Report on sanitation, dispensaries, and jails in Rajputana for 1915, and on vaccination for the year 1915-1916 - 1915-1916
Year: 1915
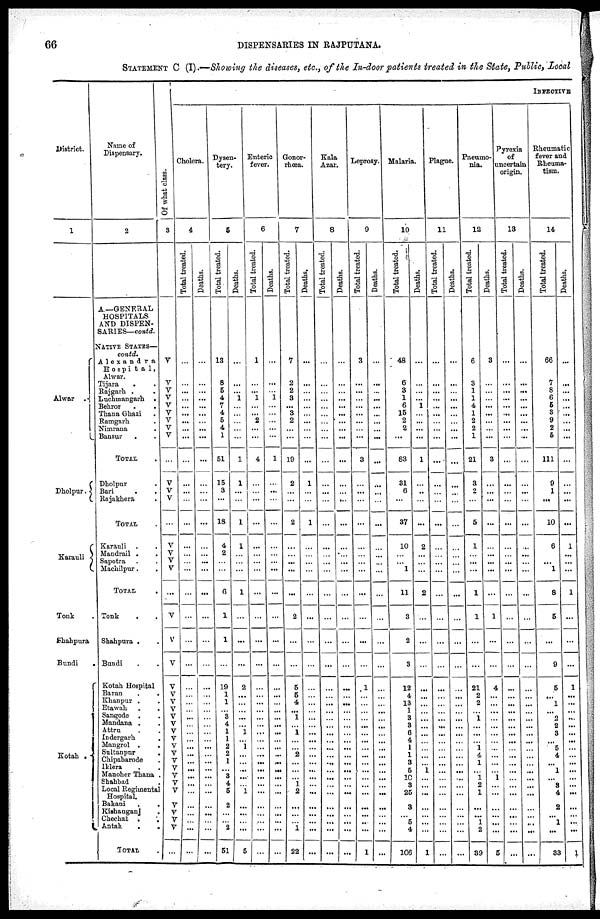
66
DISPENSARIES IN RAJPUTANA.
STATEMENT C (I).—Showing the diseases, etc., of the In-door patients treated in the State, Public, Local
District.
1
Alwar
.
Dholpur.
Karauli .
Tonk
Shahpura
Bundi.
Kotah .
Name of
Dispensary.
2
A—GENERAL
HOSPITALS
AND DISPEN-
SARIES—contd.
NATIVE STATES—
contd.
Alexandra
Hospita1,
Alwar.
Tijara . .
Rajgarh . .
Luchmangarh .
Behror . .
Thana Ghazi .
Ramgarh .
Nimrana .
Bansur .
TOTAL .
Dholpur .
Bari . .
Rajakhera
.
TOTAL .
Karauli . .
Mandrail .
.
Sapotra . .
Machilpur. .
TOTAL .
Tonk . .
Shahpura . .
Bundi . .
Kotah Hospital
Baran
.
.
Khanpur . .
Etawah . .
Sangode . .
Mandana . .
Attru . .
Indergarh .
Mangrol . .
Sultanpur
.
Chipabarode .
Iklera . .
Manoher Thana .
Shahbad .
Local Regimental
Hospital.
Bakani
.
.
Kishanganj.
Chechat .
Antab. .
TOTAL .
Of what class.
3
V
V
V
V
V
V
V
V
V
...
V
V
V
...
V
V
V
V
...
V
V
V
V
V
V
V
V
V
V
V
V
V
V
V
V
V
V
V
V
V
V
. . .
INFECTIVE
Cholera.
4
Total treated.
...
...
...
...
...
...
...
...
...
...
...
...
...
...
...
...
...
...
...
...
...
...
...
...
...
...
...
...
...
...
...
...
...
...
...
...
...
...
...
...
...
...
Deaths.
...
...
...
...
...
...
...
...
...
...
...
...
...
...
...
...
...
...
...
...
...
...
...
...
...
...
...
...
...
...
...
...
...
...
...
...
...
...
...
...
...
Dysen-
tery.
5
Total treated.
13
8
6
4
7
4
5
4
1
51
15
3
...
18
4
2
...
...
6
1
1
...
19
1
1
...
8
4
1
1
2
2
1
...
3
4
5
2
...
...
2
51
Deaths.
...
...
...
1
...
...
...
...
...
1
1
...
...
1
1
...
...
...
1
...
...
...
2
...
...
...
...
...
1
...
1
...
...
...
...
...
1
...
...
...
...
5
Enteric
fever.
6
Total treated.
1
...
...
1
...
...
2
...
...
4
...
...
...
...
...
...
...
...
...
...
...
...
...
...
...
...
...
...
...
...
...
...
...
...
...
...
...
...
...
...
...
...
Deaths.
...
...
...
1
...
...
...
...
...
1
...
...
...
...
...
...
...
...
...
...
...
...
...
...
...
...
...
...
...
...
...
...
...
...
...
...
...
...
...
...
...
...
Gonor-
rhœa.
7
Total treated.
7
2
2
8
...
3
2
...
...
19
2
...
...
2
...
...
...
...
...
2
...
...
5
5
4
...
1
...
1
...
...
2
...
...
...
1
2
...
...
...
1
22
Deaths.
...
...
...
...
...
...
...
...
...
...
1
...
...
1
...
...
...
...
...
...
...
...
...
...
...
...
...
...
...
...
...
...
...
...
...
...
...
...
...
...
...
...
Kala
Azar.
8
Total treated.
...
...
...
...
...
...
...
...
...
...
...
...
...
...
...
...
...
...
...
...
...
...
...
...
...
...
...
...
...
...
...
...
...
...
...
...
...
...
...
...
...
...
Deaths.
...
...
...
...
...
...
...
...
...
...
...
...
...
...
...
...
...
...
...
...
...
...
...
...
...
...
...
...
...
...
...
...
...
...
...
...
...
...
...
...
...
...
Loprosy.
9
Total treated.
3
...
...
...
...
...
...
...
...
3
...
...
...
...
...
...
...
...
...
...
...
...
1
...
...
...
...
...
...
...
...
...
...
...
...
...
...
...
...
...
...
1
Deaths.
...
...
...
...
...
...
...
...
...
...
...
...
...
...
...
...
...
...
...
...
...
...
...
...
...
...
...
...
...
...
...
...
...
...
...
...
...
...
...
...
...
Malaria.
10
Total treated.
48
6
3
1
6
15
2
2
...
83
31
6
...
37
10
...
...
1
11
3
2
3
12
4
13
1
3
3
6
4
1
1
3
5
10
3
25
3
...
5
4
106
Deaths.
...
...
...
...
1
...
...
...
...
1
...
...
...
...
2
...
...
...
2
...
...
...
...
...
...
...
...
...
...
...
...
...
...
1
...
...
...
...
...
...
...
1
Plague.
11
Total treated.
...
...
...
...
...
...
...
...
...
...
...
...
...
...
...
...
...
...
...
...
...
...
...
...
...
...
...
...
...
...
...
...
...
...
...
...
...
...
...
...
...
Deaths.
...
...
...
...
...
...
...
...
...
...
...
...
...
...
...
...
...
...
...
...
...
...
...
...
...
...
...
...
...
...
...
...
...
...
...
...
...
...
...
...
...
...
Pneumo-
nia.
12
Total treated.
6
3
1
1
4
1
2
2
1
21
8
2
...
6
1
...
...
...
1
1
...
...
21
2
2
...
1
...
...
...
1
4
1
...
1
2
1
...
...
...
2
39
Deaths.
3
...
...
...
...
...
...
...
...
3
...
...
...
...
...
...
...
...
...
1
...
...
4
...
...
...
...
...
...
...
...
...
...
...
1
...
...
...
...
...
...
5
Pyrexia
of
uncertain
origin.
13
Total treated.
...
...
...
...
...
...
...
...
...
...
...
...
...
...
...
...
...
...
...
...
...
...
...
...
...
...
...
...
...
...
...
...
...
...
...
...
...
...
...
...
...
...
Deaths.
...
...
...
...
...
...
...
...
...
...
...
...
...
...
...
...
...
...
...
...
...
...
...
...
...
...
...
...
...
...
...
...
...
...
...
...
...
...
...
...
...
...
Rheumatic
fever and
Rheuma-
tism.
14
Total treated.
66
7
8
6
5
3
9
2
5
111
9
1
...
10
6
...
...
1
8
5
...
9
5
...
1
...
2
2
3
...
5
4
...
1
...
8
4
2
...
...
...
33
Deaths.
...
...
...
...
...
...
...
...
...
...
...
...
...
...
1
...
...
...
1
...
...
...
1
...
...
...
...
...
...
...
...
...
...
...
...
...
...
...
...
...
...
1